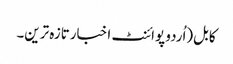
کابل(اُردو پوائنٹ اخبارتازہ ترین۔